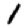
Digit: 1